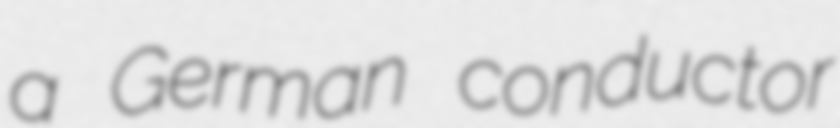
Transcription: a German conductor